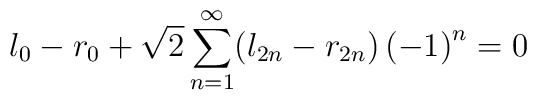
l_{0}-r_{0}+\sqrt{2}\sum_{n=1}^{\infty}(l_{2n}-r_{2n})\left(  -1\right)^{n}=0